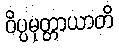
ဝိပ္ပမုတ္တာယာတိ